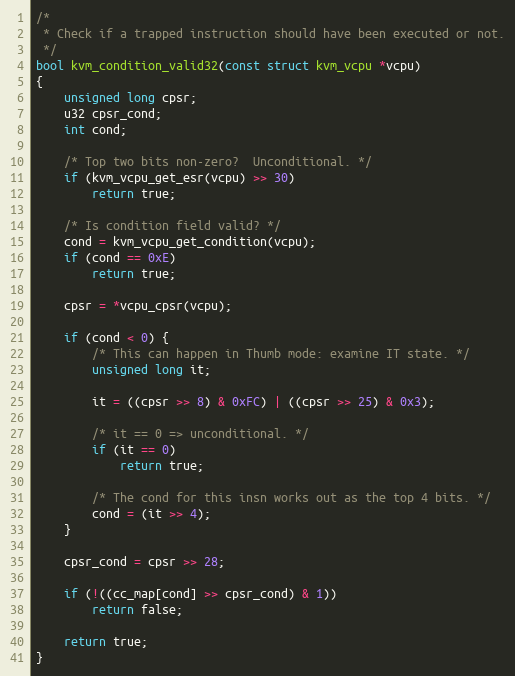
Language: C
/*
 * Check if a trapped instruction should have been executed or not.
 */
bool kvm_condition_valid32(const struct kvm_vcpu *vcpu)
{
	unsigned long cpsr;
	u32 cpsr_cond;
	int cond;

	/* Top two bits non-zero?  Unconditional. */
	if (kvm_vcpu_get_esr(vcpu) >> 30)
		return true;

	/* Is condition field valid? */
	cond = kvm_vcpu_get_condition(vcpu);
	if (cond == 0xE)
		return true;

	cpsr = *vcpu_cpsr(vcpu);

	if (cond < 0) {
		/* This can happen in Thumb mode: examine IT state. */
		unsigned long it;

		it = ((cpsr >> 8) & 0xFC) | ((cpsr >> 25) & 0x3);

		/* it == 0 => unconditional. */
		if (it == 0)
			return true;

		/* The cond for this insn works out as the top 4 bits. */
		cond = (it >> 4);
	}

	cpsr_cond = cpsr >> 28;

	if (!((cc_map[cond] >> cpsr_cond) & 1))
		return false;

	return true;
}